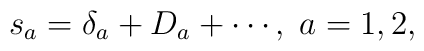
s_{a}=\delta _{a}+D_{a}+\cdots ,\;a=1,2,